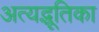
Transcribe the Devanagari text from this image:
अत्यद्भूतिका